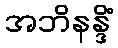
အဘိနန္ဒိံ